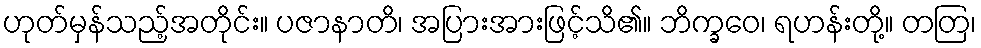
ဟုတ်မှန်သည့်အတိုင်း။ ပဇာနာတိ၊ အပြားအားဖြင့်သိ၏။ ဘိက္ခဝေ၊ ရဟန်းတို့။ တတြ၊